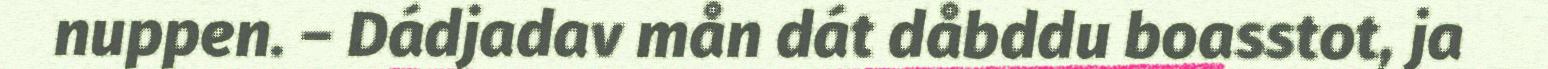
nuppen. – Dádjadav mån dát dåbddu boasstot, ja